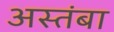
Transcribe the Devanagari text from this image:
अस्तंबा